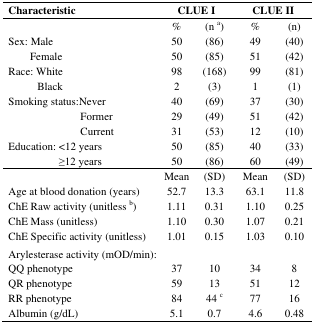
| Characteristic | <COLSPAN=2> CLUE I | <COLSPAN=2> CLUE II |
 | --- | --- | --- | --- | --- |
 |  | % | (n a) | % | (n) |
 | Sex: Male | 50 | (86) | 49 | (40) |
 | Female | 50 | (85) | 51 | (42) |
 | Race: White | 98 | (168) | 99 | (81) |
 | Black | 2 | (3) | 1 | (1) |
 | Smoking status:Never | 40 | (69) | 37 | (30) |
 | Former | 29 | (49) | 51 | (42) |
 | Current | 31 | (53) | 12 | (10) |
 | Education: <12 years | 50 | (85) | 40 | (33) |
 | ≥12 years | 50 | (86) | 60 | (49) |
 |  | Mean | (SD) | Mean | (SD) |
 | Age at blood donation (years) | 52.7 | 13.3 | 63.1 | 11.8 |
 | ChE Raw activity (unitless b) | 1.11 | 0.31 | 1.10 | 0.25 |
 | ChE Mass (unitless) | 1.10 | 0.30 | 1.07 | 0.21 |
 | ChE Specific activity (unitless) | 1.01 | 0.15 | 1.03 | 0.10 |
 | <COLSPAN=5> Arylesterase activity (mOD/min): |
 | QQ phenotype | 37 | 10 | 34 | 8 |
 | QR phenotype | 59 | 13 | 51 | 12 |
 | RR phenotype | 84 | 44 c | 77 | 16 |
 | Albumin (g/dL) | 5.1 | 0.7 | 4.6 | 0.48 |